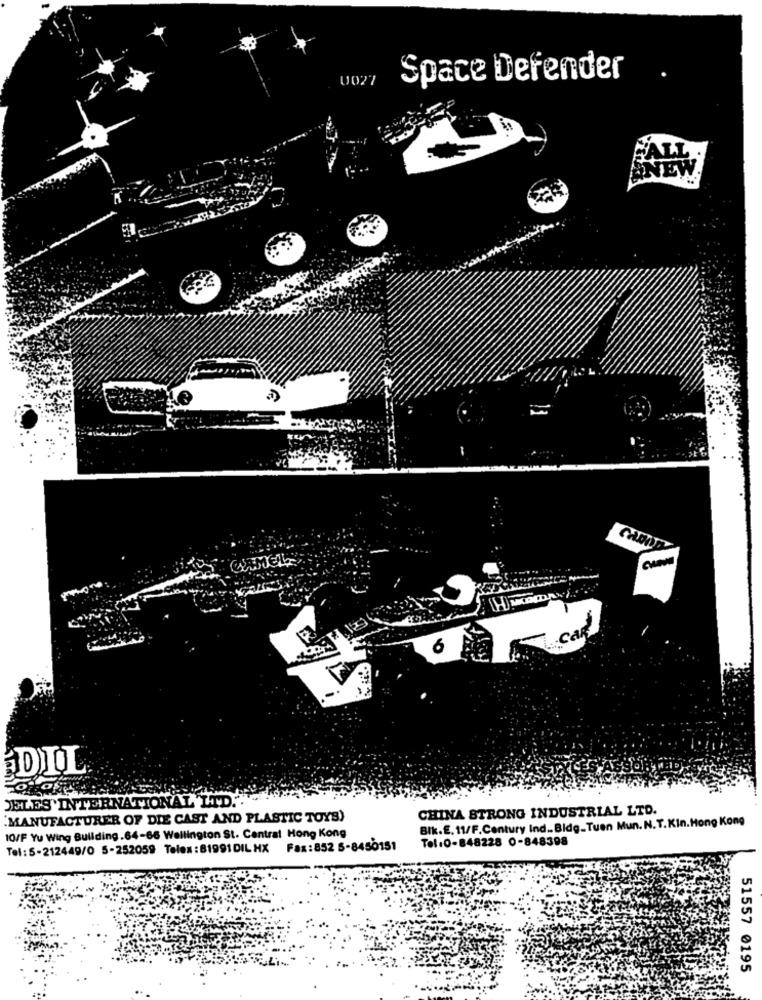
U027
Space Defender
FALL
SNEW
Ca
6
DIL
JELLES INTERNATIONAL LTD ...
CHINA STRONG INDUSTRIAL LTD.
"MANUFACTURER OF DIE CAST AND PLASTIC TOYS)
Bik.E. 11/F.Century Ind .. Bldg_Tuen Mun. N.T.KIn.Hong Kong
10/F Yu Wing Building.64-66 Wellington St. Central Hong Kong
Tel:0-848228 0-848398
Tel: 5-212449/0 5-252059 Telex : 81991DIL HX Fax:852 5-8450151
51557 0195